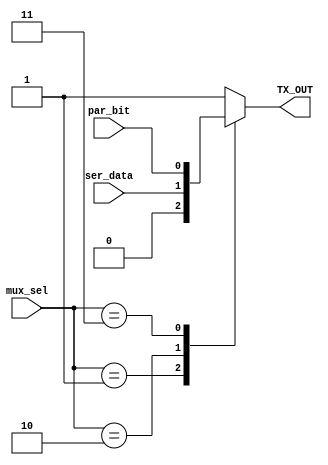
module MUX (
  input [2:0] mux_sel,
  input       ser_data,
  input       par_bit,
  output reg  TX_OUT
  );
  
  always @(*)
    begin
      case (mux_sel)
        3'd0    : TX_OUT = 1'b1;
        3'd1    : TX_OUT = 1'b0;
        3'd2    : TX_OUT = ser_data;
        3'd3    : TX_OUT = par_bit;
        3'd4    : TX_OUT = 1'b1;
        default : TX_OUT = 1'b1;
      endcase
    end
endmodule